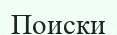
Поиски